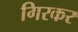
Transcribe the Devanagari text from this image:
गिरकर